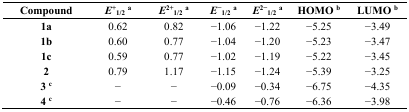
<table><thead><tr><td><b>Compound</b></td><td><b><i>E</i><sup>+</sup><sub>1/2</sub><sup>a</sup></b></td><td><b><i>E</i><sup>2+</sup><sub>1/2</sub><sup>a</sup></b></td><td><b><i>E</i><sup>−</sup><sub>1/2</sub><sup>a</sup></b></td><td><b><i>E</i><sup>2−</sup><sub>1/2</sub><sup>a</sup></b></td><td><b>HOMO <sup>b</sup></b></td><td><b>LUMO <sup>b</sup></b></td></tr></thead><tbody><tr><td><b>1a</b></td><td>0.62</td><td>0.82</td><td>−1.06</td><td>−1.22</td><td>−5.25</td><td>−3.49</td></tr><tr><td><b>1b</b></td><td>0.60</td><td>0.77</td><td>−1.04</td><td>−1.20</td><td>−5.23</td><td>−3.47</td></tr><tr><td><b>1c</b></td><td>0.59</td><td>0.77</td><td>−1.02</td><td>−1.19</td><td>−5.22</td><td>−3.45</td></tr><tr><td><b>2</b></td><td>0.79</td><td>1.17</td><td>−1.15</td><td>−1.24</td><td>−5.39</td><td>−3.25</td></tr><tr><td><b>3 <sup>c</sup></b></td><td>−</td><td>−</td><td>−0.09</td><td>−0.34</td><td>−6.75</td><td>−4.35</td></tr><tr><td><b>4 <sup>c</sup></b></td><td>−</td><td>−</td><td>−0.46</td><td>−0.76</td><td>−6.36</td><td>−3.98</td></tr></tbody></table>